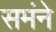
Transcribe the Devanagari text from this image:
समंने